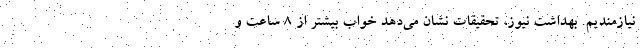
نیازمندیم. بهداشت نیوز، تحقیقات نشان می‌دهد خواب بیشتر از ۸ ساعت و